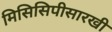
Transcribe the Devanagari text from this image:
मिसिसिपीसारखी